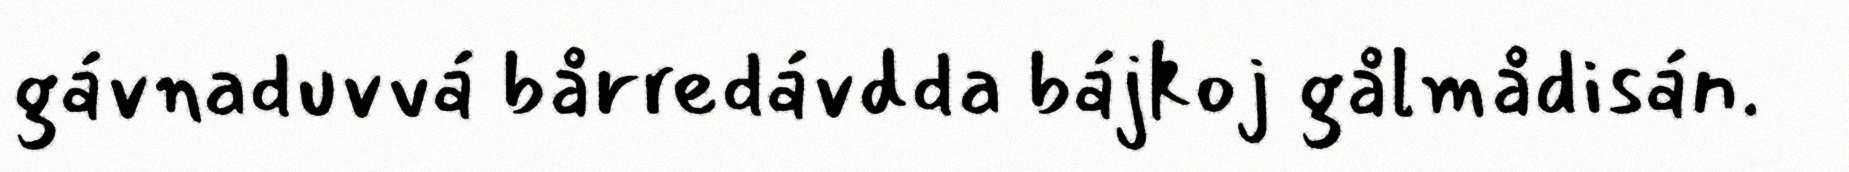
gávnaduvvá bårredávdda bájkoj gålmådisán.